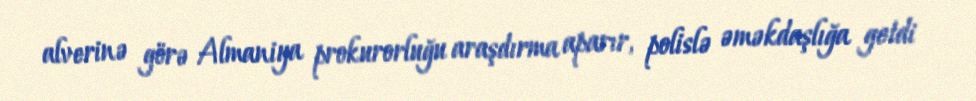
alverinə görə Almaniya prokurorluğu araşdırma aparır, polislə əməkdaşlığa getdi